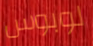
لوبوس